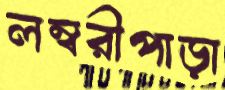
লম্বরীপাড়া